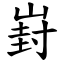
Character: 崶